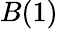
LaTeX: B(1)